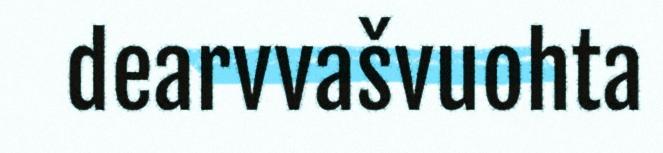
dearvvašvuohta